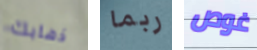
ذهابك ربما غوص